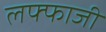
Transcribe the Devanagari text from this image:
लफ्फाजी